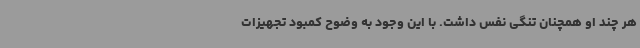
هر چند او همچنان تنگی نفس داشت. با این وجود به وضوح کمبود تجهیزات